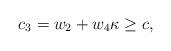
LaTeX: \begin{align*}c_3=w_2+w_4\kappa\geq c,\end{align*}